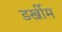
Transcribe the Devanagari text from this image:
डर्खीम